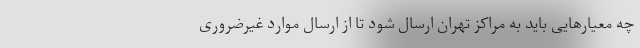
چه معیارهایی باید به مراکز تهران ارسال شود تا از ارسال موارد غیرضروری